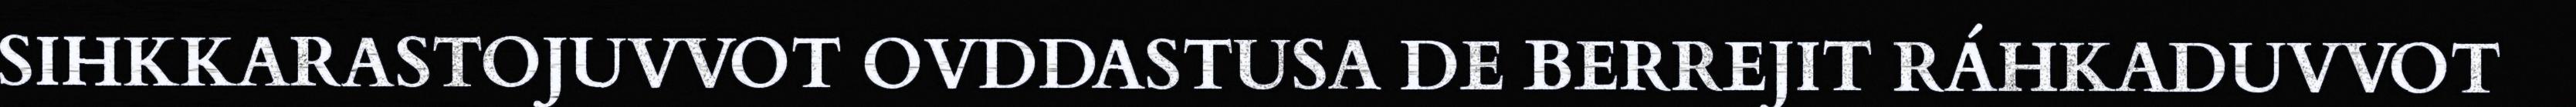
SIHKKARASTOJUVVOT OVDDASTUSA DE BERREJIT RÁHKADUVVOT